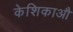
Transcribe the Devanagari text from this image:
केशिकाऔ